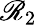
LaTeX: \mathscr{R}_{2}